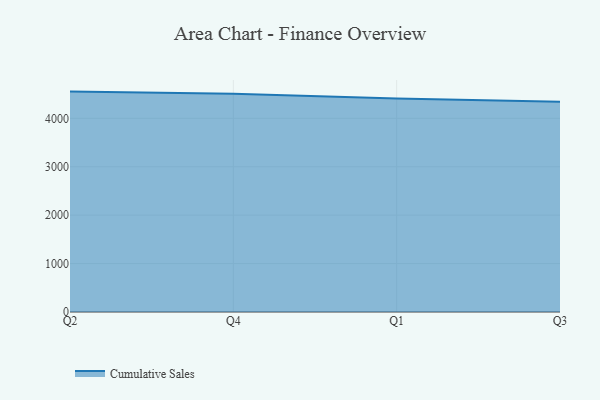
{"axis": {"x": "Quarter", "y": "Temperature (°C)"}, "legend": ["Cumulative Sales"], "data": [{"x": "Q2", "y": 4551.4, "type": "Cumulative Sales"}, {"x": "Q4", "y": 4509.0, "type": "Cumulative Sales"}, {"x": "Q1", "y": 4408.8, "type": "Cumulative Sales"}, {"x": "Q3", "y": 4343.8, "type": "Cumulative Sales"}]}